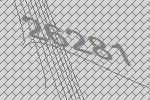
26281